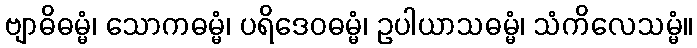
ဗျာဓိဓမ္မံ၊ သောကဓမ္မံ၊ ပရိဒေဝဓမ္မံ၊ ဥပါယာသဓမ္မံ၊ သံကိလေသမ္မံ။